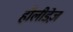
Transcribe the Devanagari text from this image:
हौलीडेज़